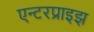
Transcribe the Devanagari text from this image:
एन्टरप्राइझ